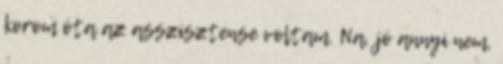
korom óta az asszisztense voltam. Na, jó annyi nem,